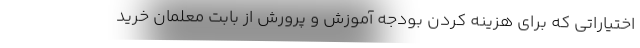
اختیاراتی که برای هزینه کردن بودجه آموزش و پرورش از بابت معلمان خرید